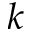
k